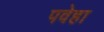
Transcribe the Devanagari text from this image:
पवेहा